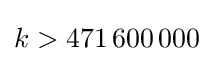
k>471\,600\,000